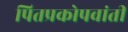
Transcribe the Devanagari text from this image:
पितप्रकोपवांती